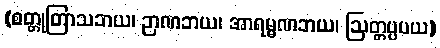
(စတ္တုတြာသဘယ၊ ဉာဏဘယ၊ အာရမ္မဏဘယ၊ ဩတ္တပ္ပပယ)